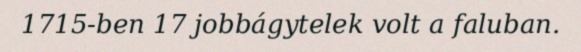
1715-ben 17 jobbágytelek volt a faluban.